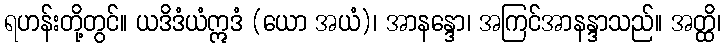
ရဟန်းတို့တွင်။ ယဒိဒံယံဣဒံ (ယော အယံ)၊ အာနန္ဒော၊ အကြင်အာနန္ဒာသည်။ အတ္ထိ၊